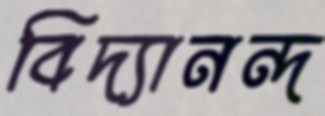
বিদ্যানন্দ